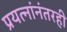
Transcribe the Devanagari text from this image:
प्रयत्नांनंतरही